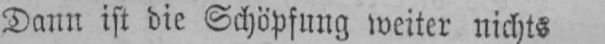
Dann ist die Schöpfung weiter nichts